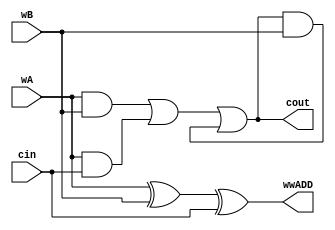
`timescale 1ns / 1ps
//////////////////////////////////////////////////////////////////////////////////
// Company: 
// Engineer: 
// 
// Design Name: 
// Module Name:    addunit 
// Project Name: 
// Target Devices: 
// Tool versions: 
// Description: 
//
// Dependencies: 
//
// Revision: 
// Revision 0.01 - File Created
// Additional Comments: 
//
//////////////////////////////////////////////////////////////////////////////////
module addunit(
		wA,
		wB,
		cin,
		wwADD,
		cout
    );
input		wA;
input		wB;
input		cin;
output	wwADD;
output	cout;	 
wire	a,b,c;
//addunit adding(wA, wB, cin, wwADD);
	xor xor1(wwADD, wA, wB, cin);
	and and1(a, wA, wB);
	and and2(b, wA, cin);
	and and3(c, cout, wB);
	or or1(cout, a, b, c);
endmodule